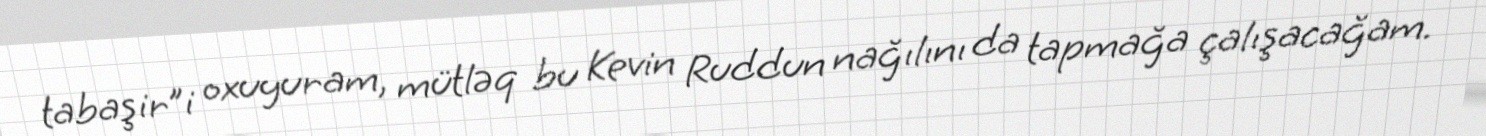
tabaşir”i oxuyuram, mütləq bu Kevin Ruddun nağılını da tapmağa çalışacağam.